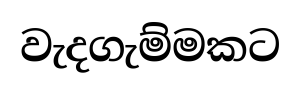
වැදගැම්මකට